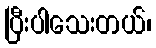
ပြီးပါသေးတယ်၊